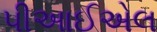
પીઆઈએલ